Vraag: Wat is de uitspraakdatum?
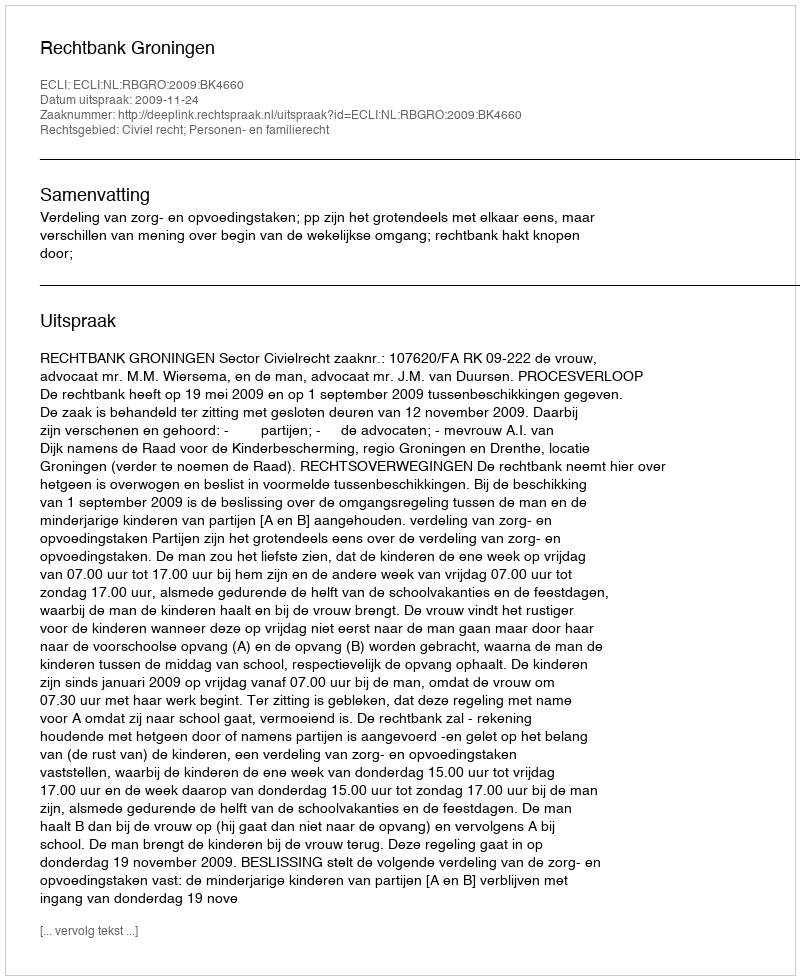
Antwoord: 2009-11-24